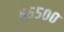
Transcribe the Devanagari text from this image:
८६५००